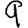
Digit: 9